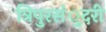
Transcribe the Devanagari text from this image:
त्रिपुरसंुदरी